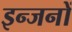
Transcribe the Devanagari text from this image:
इन्जनों